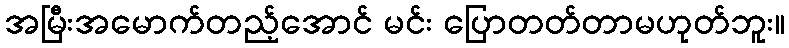
အမြီးအမောက်တည့်အောင် မင်း ပြောတတ်တာမဟုတ်ဘူး။